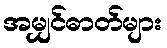
အမျှင်ဓာတ်များ